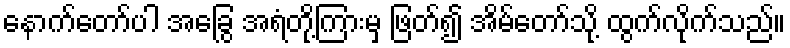
နောက်တော်ပါ အခြွေ အရံတို့ကြားမှ ဖြတ်၍ အိမ်တော်သို့ ထွက်လိုက်သည်။